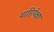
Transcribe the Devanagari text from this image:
याहिपेक्षा